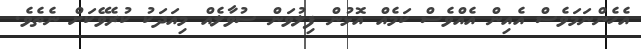
އެހެންނަމަވެސް އެއިން އެއްވެސް ކަމެއް އޮޅުން ފިލުވަން ސުވާލެއް މިއަދަކު ކުރެވޭކަށް ނެތެވެ.